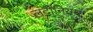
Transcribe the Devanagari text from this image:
लंदीनियम